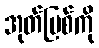
အုတ်မြစ်ကို